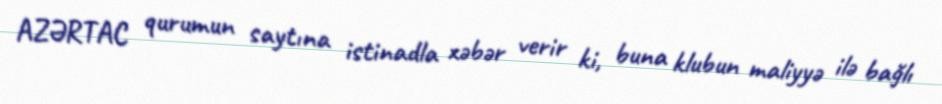
AZƏRTAC qurumun saytına istinadla xəbər verir ki, buna klubun maliyyə ilə bağlı